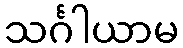
သင်္ဂါယာမ